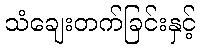
သံချေးတက်ခြင်းနှင့်